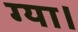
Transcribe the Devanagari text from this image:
ग्या।